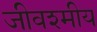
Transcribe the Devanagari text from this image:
जीवश्मीय